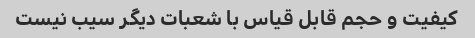
کیفیت و حجم قابل قیاس با شعبات دیگر سیب نیست